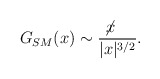
\begin{align*}G_{SM}(x)\sim \frac{\not\! x~~~}{|x|^{3/2}}.\end{align*}